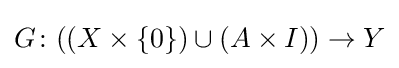
G\colon ((X\times \{0\})\cup (A\times I))\rightarrow Y